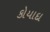
કોયાદા